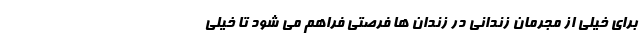
برای خیلی از مجرمان زندانی در زندان ها فرصتی فراهم می شود تا خیلی